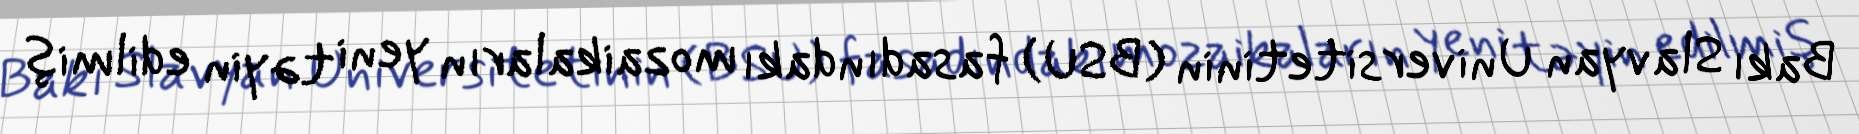
Bakı Slavyan Universitetinin (BSU) fasadındakı mozaikaların yeni təyin edilmiş